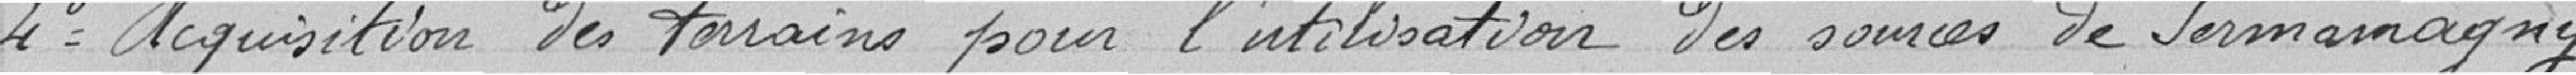
4° Acquisition des terrains pour l'utilisation des sources de Sermamagny